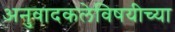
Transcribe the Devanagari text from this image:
अनुवादकलेविषयीच्या